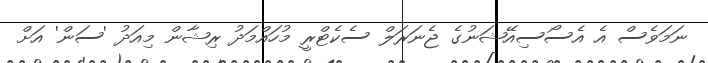
ނަމަވެސް އެ އެސޯސިއޭޝަނުގެ ޖެނަރަލް ސެކެޓްރީ މުހައްމަދު ރިޝާން މިއަދު 'ސަން' އަށް